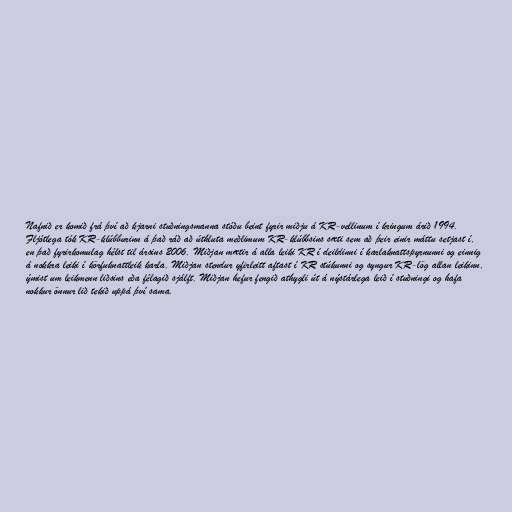
Nafnið er komið frá því að kjarni stuðningsmanna stóðu beint fyrir miðju á KR-vellinum í kringum árið 1994.
Fljótlega tók KR-klúbburinn á það ráð að úthluta meðlimum KR-klúbbsins sæti sem að þeir einir máttu setjast í,
en það fyrirkomulag hélst til ársins 2006. Miðjan mætir á alla leiki KR í deildinni í karlaknattspyrnunni og einnig
á nokkra leiki í körfuknattleik karla. Miðjan stendur yfirleitt aftast í KR stúkunni og syngur KR-lög allan leikinn,
ýmist um leikmenn liðsins eða félagið sjálft. Miðjan hefur fengið athygli út á nýstárlega leið í stuðningi og hafa
nokkur önnur lið tekið uppá því sama.